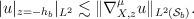
LaTeX: \begin{align*} |u|_{z=-h_b}|_{L^2} \lesssim \|\nabla_{X,z}^{\mu} u\|_{L^2(\mathcal{S}_b)}. \end{align*}